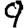
Digit: 9